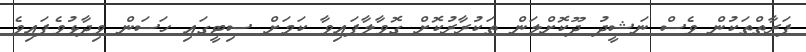
ފަރާތްތަކުން ވެސް ނަޝީދު ދޫކޮށްލަން ތަކުރާރުކޮށް ގޮވާލާފައިވާ ކަމަށް ސިޓީގައި ހަސަން ވިދާޅުވެފައިވެ